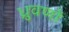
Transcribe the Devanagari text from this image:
ध्रुवणों